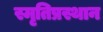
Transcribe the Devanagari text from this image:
स्मृतिप्रस्थान